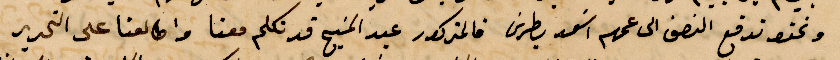
ونحن ندفع النصف الى عمهم اسعد بطرس فالمذكور عبد المسيح فد تلكم معنا واطالعنا على التحرير